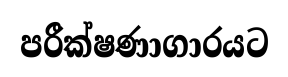
පරීක්ෂණාගාරයට